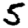
Digit: 5